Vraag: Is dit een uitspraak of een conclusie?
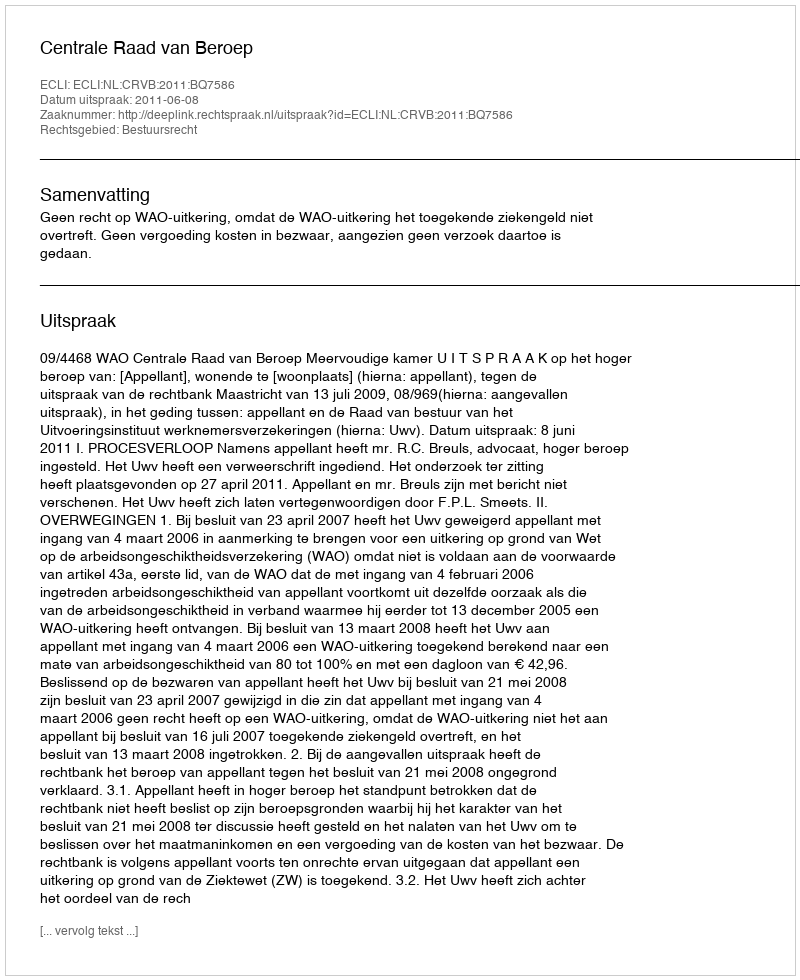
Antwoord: Uitspraak